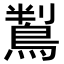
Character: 鵥